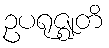
ဥပရုဇ္ဈတိ